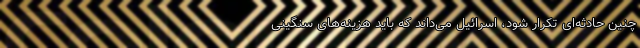
چنین حادثه‌ای تکرار شود، اسرائیل می‌داند که باید هزینه‌‌های سنگینی